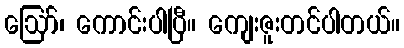
ဪ၊ ကောင်းပါပြီ။ ကျေးဇူးတင်ပါတယ်။